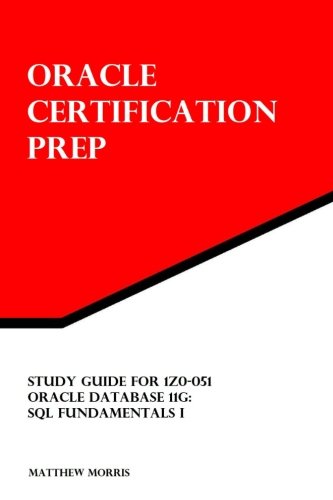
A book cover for Study Guide for 1Z0-051: Oracle Database 11g: SQL Fundamentals I: Oracle Certification Prep; Matthew Morris; Computers & Technology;